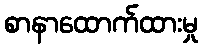
စာနာထောက်ထားမှု